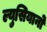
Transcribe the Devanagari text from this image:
ल्युसियानो